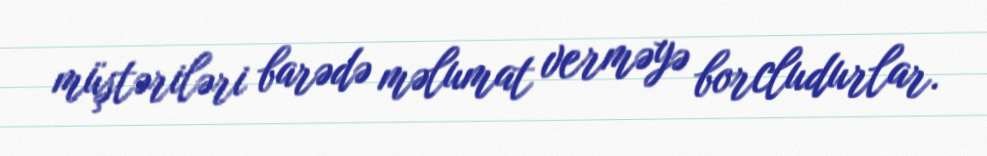
müştəriləri barədə məlumat verməyə borcludurlar.